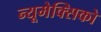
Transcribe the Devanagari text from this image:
न्यूमेक्सिको